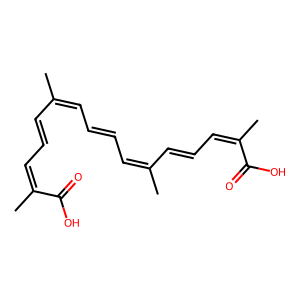
SMILES: CC(C=CC=C(C)C(=O)O)=CC=CC=C(C)C=CC=C(C)C(=O)O
Inhibits HIV replication: Yes